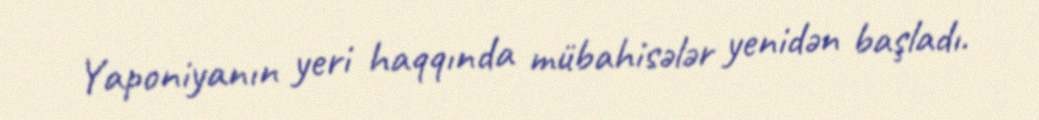
Yaponiyanın yeri haqqında mübahisələr yenidən başladı.